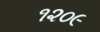
૧૨૦૯